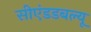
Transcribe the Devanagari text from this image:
सीएंडडबल्यू